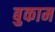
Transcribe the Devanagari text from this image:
बुकाम